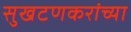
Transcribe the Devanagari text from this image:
सुखटणकरांच्या